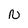
Character: N